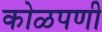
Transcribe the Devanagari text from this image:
कोळपणी